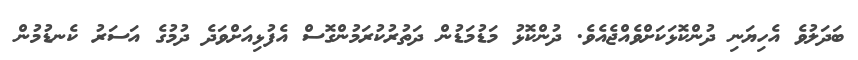
ބަދަލުވެ އެހިޔަނި ދުންކޮޅަކަށްވެއްޖެއެވެ. ދުންކޮޅު މަޑުމަޑުން ދަތުރުކުރަމުންގޮސް އެފުޅިއަށްވަދެ ދުމުގެ އަސަރު ކެނޑުމުން